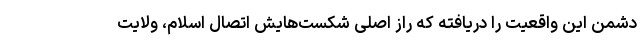
دشمن این واقعیت را دریافته که راز اصلی شکست‌هایش اتصال اسلام، ولایت